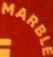
MARBLE